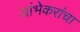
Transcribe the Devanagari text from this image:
जांभेकरांचा